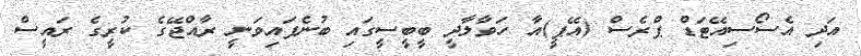
އަދި އެސޯސިއޭޓަޑް ޕްރެސް (އޭޕީ)އާ ހަވާލާދީ ބީބީސީގައި ބުނެފައިވަނީ ރާއްޖޭގެ ކުރީގެ ރައީސް